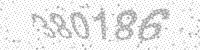
Solution: 380186